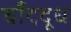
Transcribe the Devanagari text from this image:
चाँददूध